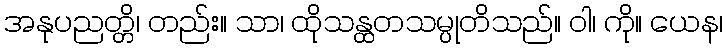
အနုပညတ္တိ၊ တည်း။ သာ၊ ထိုသန္ထတသမ္ပုတိသည်။ ဝါ၊ ကို။ ယေန၊